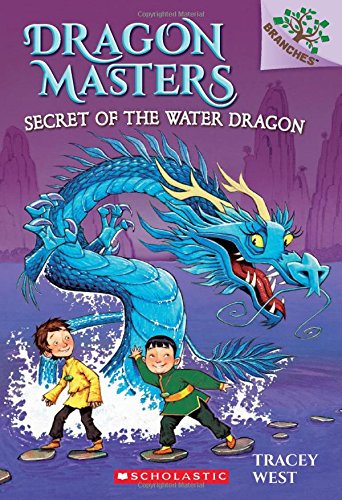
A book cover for Dragon Masters #3: Secret of the Water Dragon (A Branches Book); Tracey West; Children's Books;